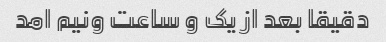
دقیقا بعد از یک و ساعت ونیم امد